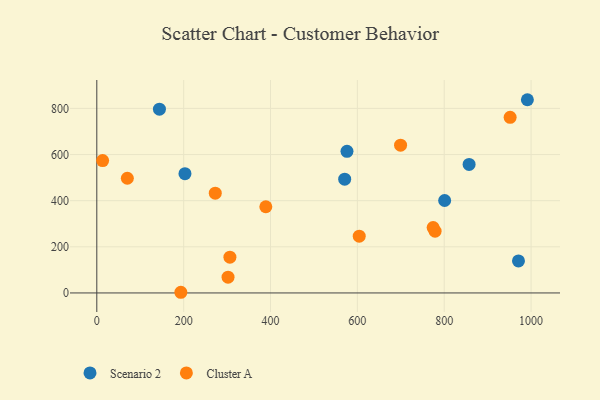
{"axis": {"x": "Price", "y": "Exam Score"}, "legend": ["Cluster A", "Scenario 2"], "data": [{"x": "801.0", "y": 400.7, "type": "Scenario 2"}, {"x": "991.5", "y": 837.7, "type": "Scenario 2"}, {"x": "144.2", "y": 796.8, "type": "Scenario 2"}, {"x": "203.0", "y": 517.1, "type": "Scenario 2"}, {"x": "857.3", "y": 557.0, "type": "Scenario 2"}, {"x": "570.8", "y": 493.4, "type": "Scenario 2"}, {"x": "576.1", "y": 613.8, "type": "Scenario 2"}, {"x": "971.0", "y": 139.0, "type": "Scenario 2"}, {"x": "779.0", "y": 267.9, "type": "Cluster A"}, {"x": "951.8", "y": 761.5, "type": "Cluster A"}, {"x": "699.5", "y": 640.6, "type": "Cluster A"}, {"x": "70.3", "y": 497.3, "type": "Cluster A"}, {"x": "272.8", "y": 432.4, "type": "Cluster A"}, {"x": "193.5", "y": 2.9, "type": "Cluster A"}, {"x": "774.5", "y": 283.6, "type": "Cluster A"}, {"x": "302.2", "y": 68.2, "type": "Cluster A"}, {"x": "389.2", "y": 373.8, "type": "Cluster A"}, {"x": "13.4", "y": 573.8, "type": "Cluster A"}, {"x": "604.3", "y": 246.1, "type": "Cluster A"}, {"x": "306.5", "y": 155.0, "type": "Cluster A"}]}